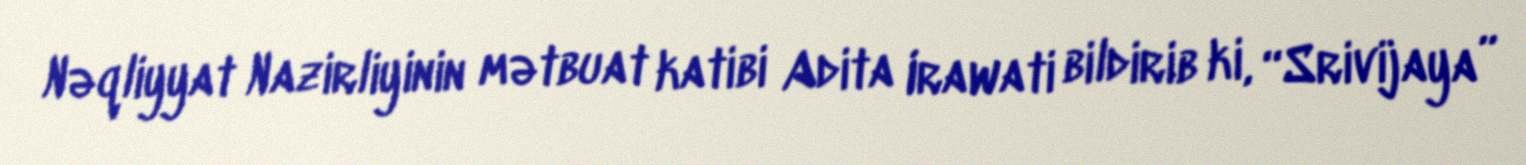
Nəqliyyat Nazirliyinin mətbuat katibi Adita Irawati bildirib ki, “Srivijaya”